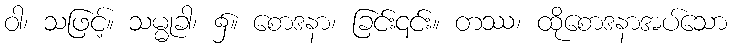
ဝါ၊ သဖြင့်။ သမ္မုခါ၊ ၌။ စောဒနာ၊ ခြင်း၎င်း။ တဿ၊ ထိုစောဒနာအပ်သော